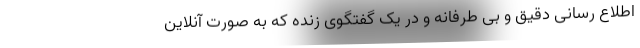
اطلاع رسانی دقیق و بی طرفانه و در یک گفتگوی زنده که به صورت آنلاین